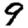
Digit: 9